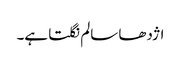
اژدھا سالم نگلتا ہے۔